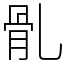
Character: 䯆